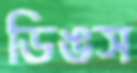
ডিঙস